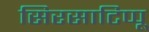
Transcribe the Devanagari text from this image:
सिरसाटिप्पू